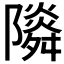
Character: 𨽃